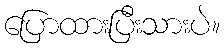
ပြောထားပြီးသားပဲ။